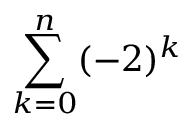
\sum _ { k = 0 } ^ { n } ( - 2 ) ^ { k }